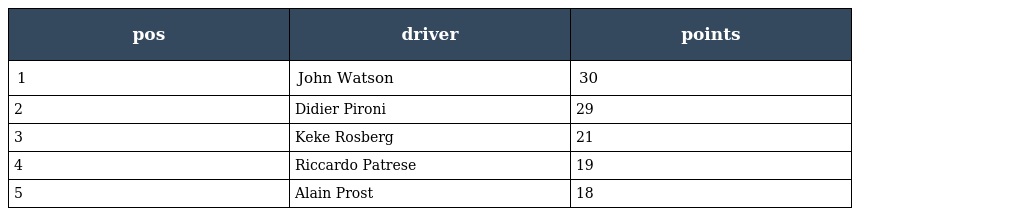
| pos | driver | points |
 | --- | --- | --- |
 | 1 | John Watson | 30 |
 | 2 | Didier Pironi | 29 |
 | 3 | Keke Rosberg | 21 |
 | 4 | Riccardo Patrese | 19 |
 | 5 | Alain Prost | 18 |